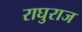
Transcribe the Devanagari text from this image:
राघुराज